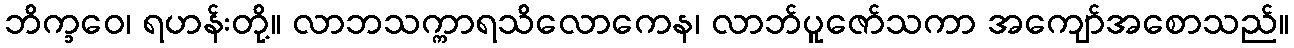
ဘိက္ခဝေ၊ ရဟန်းတို့။ လာဘသက္ကာရသိလောကေန၊ လာဘ်ပူဇော်သကာ အကျော်အစောသည်။